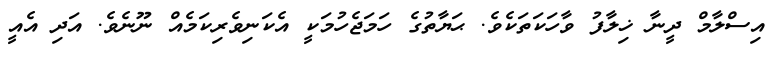
އިސްލާމް ދީނާ ޚިލާފު ވާހަކަތަކެވެ. ޙަޔާތުގެ ހަމަޖެހުމަކީ އެކަނިވެރިކަމެއް ނޫނެވެ. އަދި އެއީ